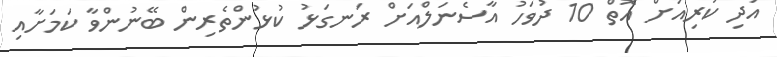
އަދި ކުރިއަށް އޮތް 10 ދުވަހު އާސެނަލްއަށް ރަނގަޅު ކުޅުންތެރިން ބޭނުންވާ ކަމަށާއި